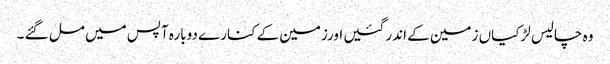
وہ چالیس لڑکیاں زمین کے اندر گئیں اورزمین کے کنارے دوبارہ آپس میں مل گئے ۔